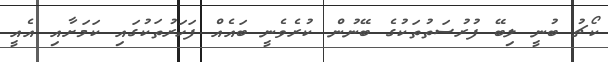
ކޯޗު ބުނީ ލިބޭ ފުރުސަތުތަކުގެ ބޭނުން ކުރެވެނީ ބައެއް ފަހަރުތަކުގައި ކަމަށާއި އެއީ